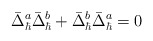
\begin{align*}\bar{\Delta}^a_\hbar\bar{\Delta}^b_\hbar+\bar{\Delta}^b_\hbar\bar{\Delta}^a_\hbar=0\end{align*}